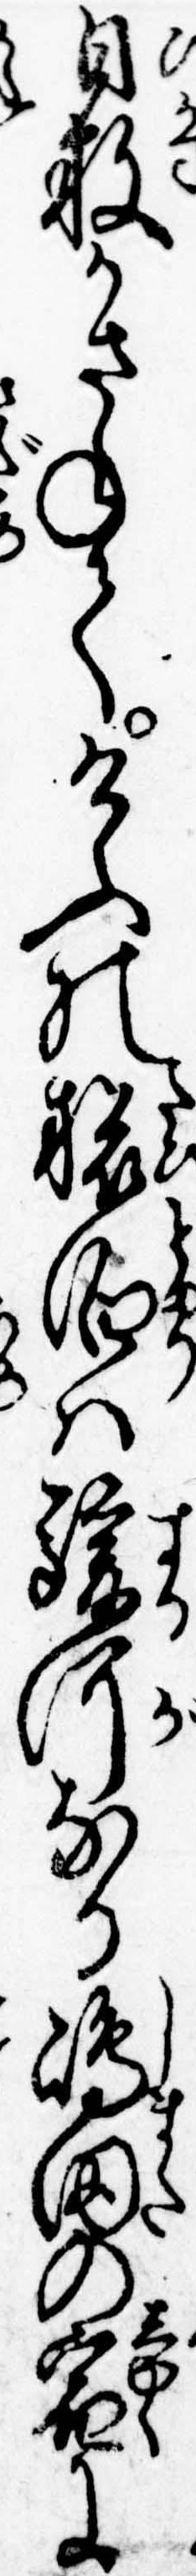
日数かさねてけふの旅泊は駿河なる島田の宿に